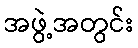
အဖွဲ့အတွင်း